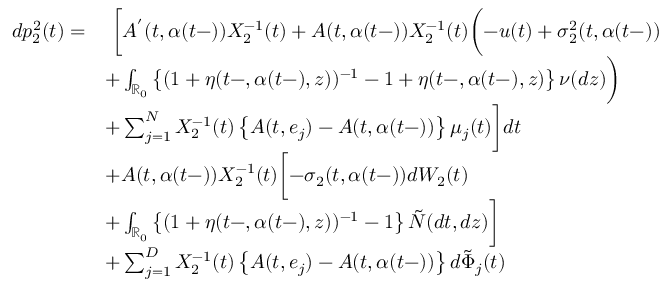
\begin{array} { r l } { d p _ { 2 } ^ { 2 } ( t ) = } & { \ \biggl [ A ^ { ' } ( t , \alpha ( t - ) ) X _ { 2 } ^ { - 1 } ( t ) + A ( t , \alpha ( t - ) ) X _ { 2 } ^ { - 1 } ( t ) \biggl ( - u ( t ) + \sigma _ { 2 } ^ { 2 } ( t , \alpha ( t - ) ) } \\ & { + \int _ { \mathbb { R } _ { 0 } } \left\{ ( 1 + \eta ( t - , \alpha ( t - ) , z ) ) ^ { - 1 } - 1 + \eta ( t - , \alpha ( t - ) , z ) \right\} \nu ( d z ) \biggr ) } \\ & { + \sum _ { j = 1 } ^ { N } X _ { 2 } ^ { - 1 } ( t ) \left\{ A ( t , e _ { j } ) - A ( t , \alpha ( t - ) ) \right\} \mu _ { j } ( t ) \biggr ] d t } \\ & { + A ( t , \alpha ( t - ) ) X _ { 2 } ^ { - 1 } ( t ) \biggl [ - \sigma _ { 2 } ( t , \alpha ( t - ) ) d W _ { 2 } ( t ) } \\ & { + \int _ { \mathbb { R } _ { 0 } } \left\{ ( 1 + \eta ( t - , \alpha ( t - ) , z ) ) ^ { - 1 } - 1 \right\} \tilde { N } ( d t , d z ) \biggr ] } \\ & { + \sum _ { j = 1 } ^ { D } X _ { 2 } ^ { - 1 } ( t ) \left\{ A ( t , e _ { j } ) - A ( t , \alpha ( t - ) ) \right\} d \tilde { \Phi } _ { j } ( t ) } \end{array}